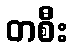
တစီး